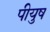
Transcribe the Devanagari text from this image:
पीयुष